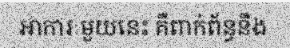
អាការៈមួយនេះ គឺពាក់ព័ន្ធនឹង